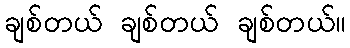
ချစ်တယ် ချစ်တယ် ချစ်တယ်။